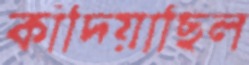
কাঁদিয়াছিল